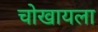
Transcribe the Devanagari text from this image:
चोखायला